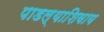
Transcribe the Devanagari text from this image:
पाडल्याशिवाय